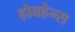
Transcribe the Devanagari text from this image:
होवहेन्स